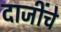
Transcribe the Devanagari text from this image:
दाजींचे